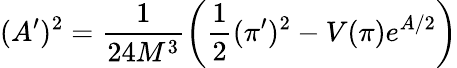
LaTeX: (A^{\prime})^{2}=\frac{1}{24M^{3}}\left(\frac{1}{2}(\pi^{\prime})^{2}-V(\pi)e^{A/2}\right)